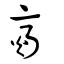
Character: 齌